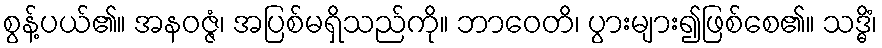
စွန့်ပယ်၏။ အနဝဇ္ဇံ၊ အပြစ်မရှိသည်ကို။ ဘာဝေတိ၊ ပွားများ၍ဖြစ်စေ၏။ သဒ္ဓိံ၊